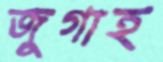
জুগাহ